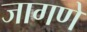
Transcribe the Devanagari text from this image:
जागणे